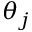
\theta _ { j }